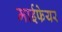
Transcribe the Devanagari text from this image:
माईफेयर